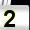
Digit: 2